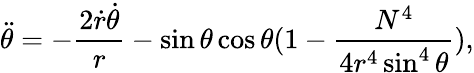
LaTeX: \ddot{\theta}=-\frac{2\dot{r}\dot{\theta}}{r}-\sin\theta\cos\theta(1-\frac{N^{4}}{4r^{4}\sin^{4}\theta}),